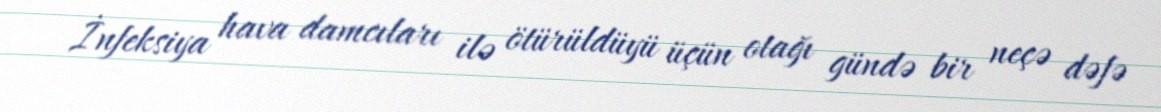
İnfeksiya hava damcıları ilə ötürüldüyü üçün otağı gündə bir neçə dəfə